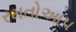
રમતોઆપ